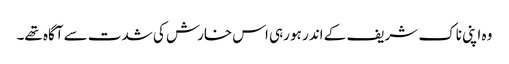
وہ اپنی ناک شریف کے اندر ہو رہی اس خارش کی شدت سے آگاہ تھے۔